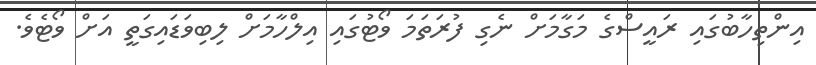
އިންތިހާބުގައި ރައީސްގެ މަގާމަށް ނެގި ފުރަތަމަ ވޯޓުގައި އިލްހާމަށް ލިބިވަޑައިގަތީ އަށް ވޯޓެވެ.